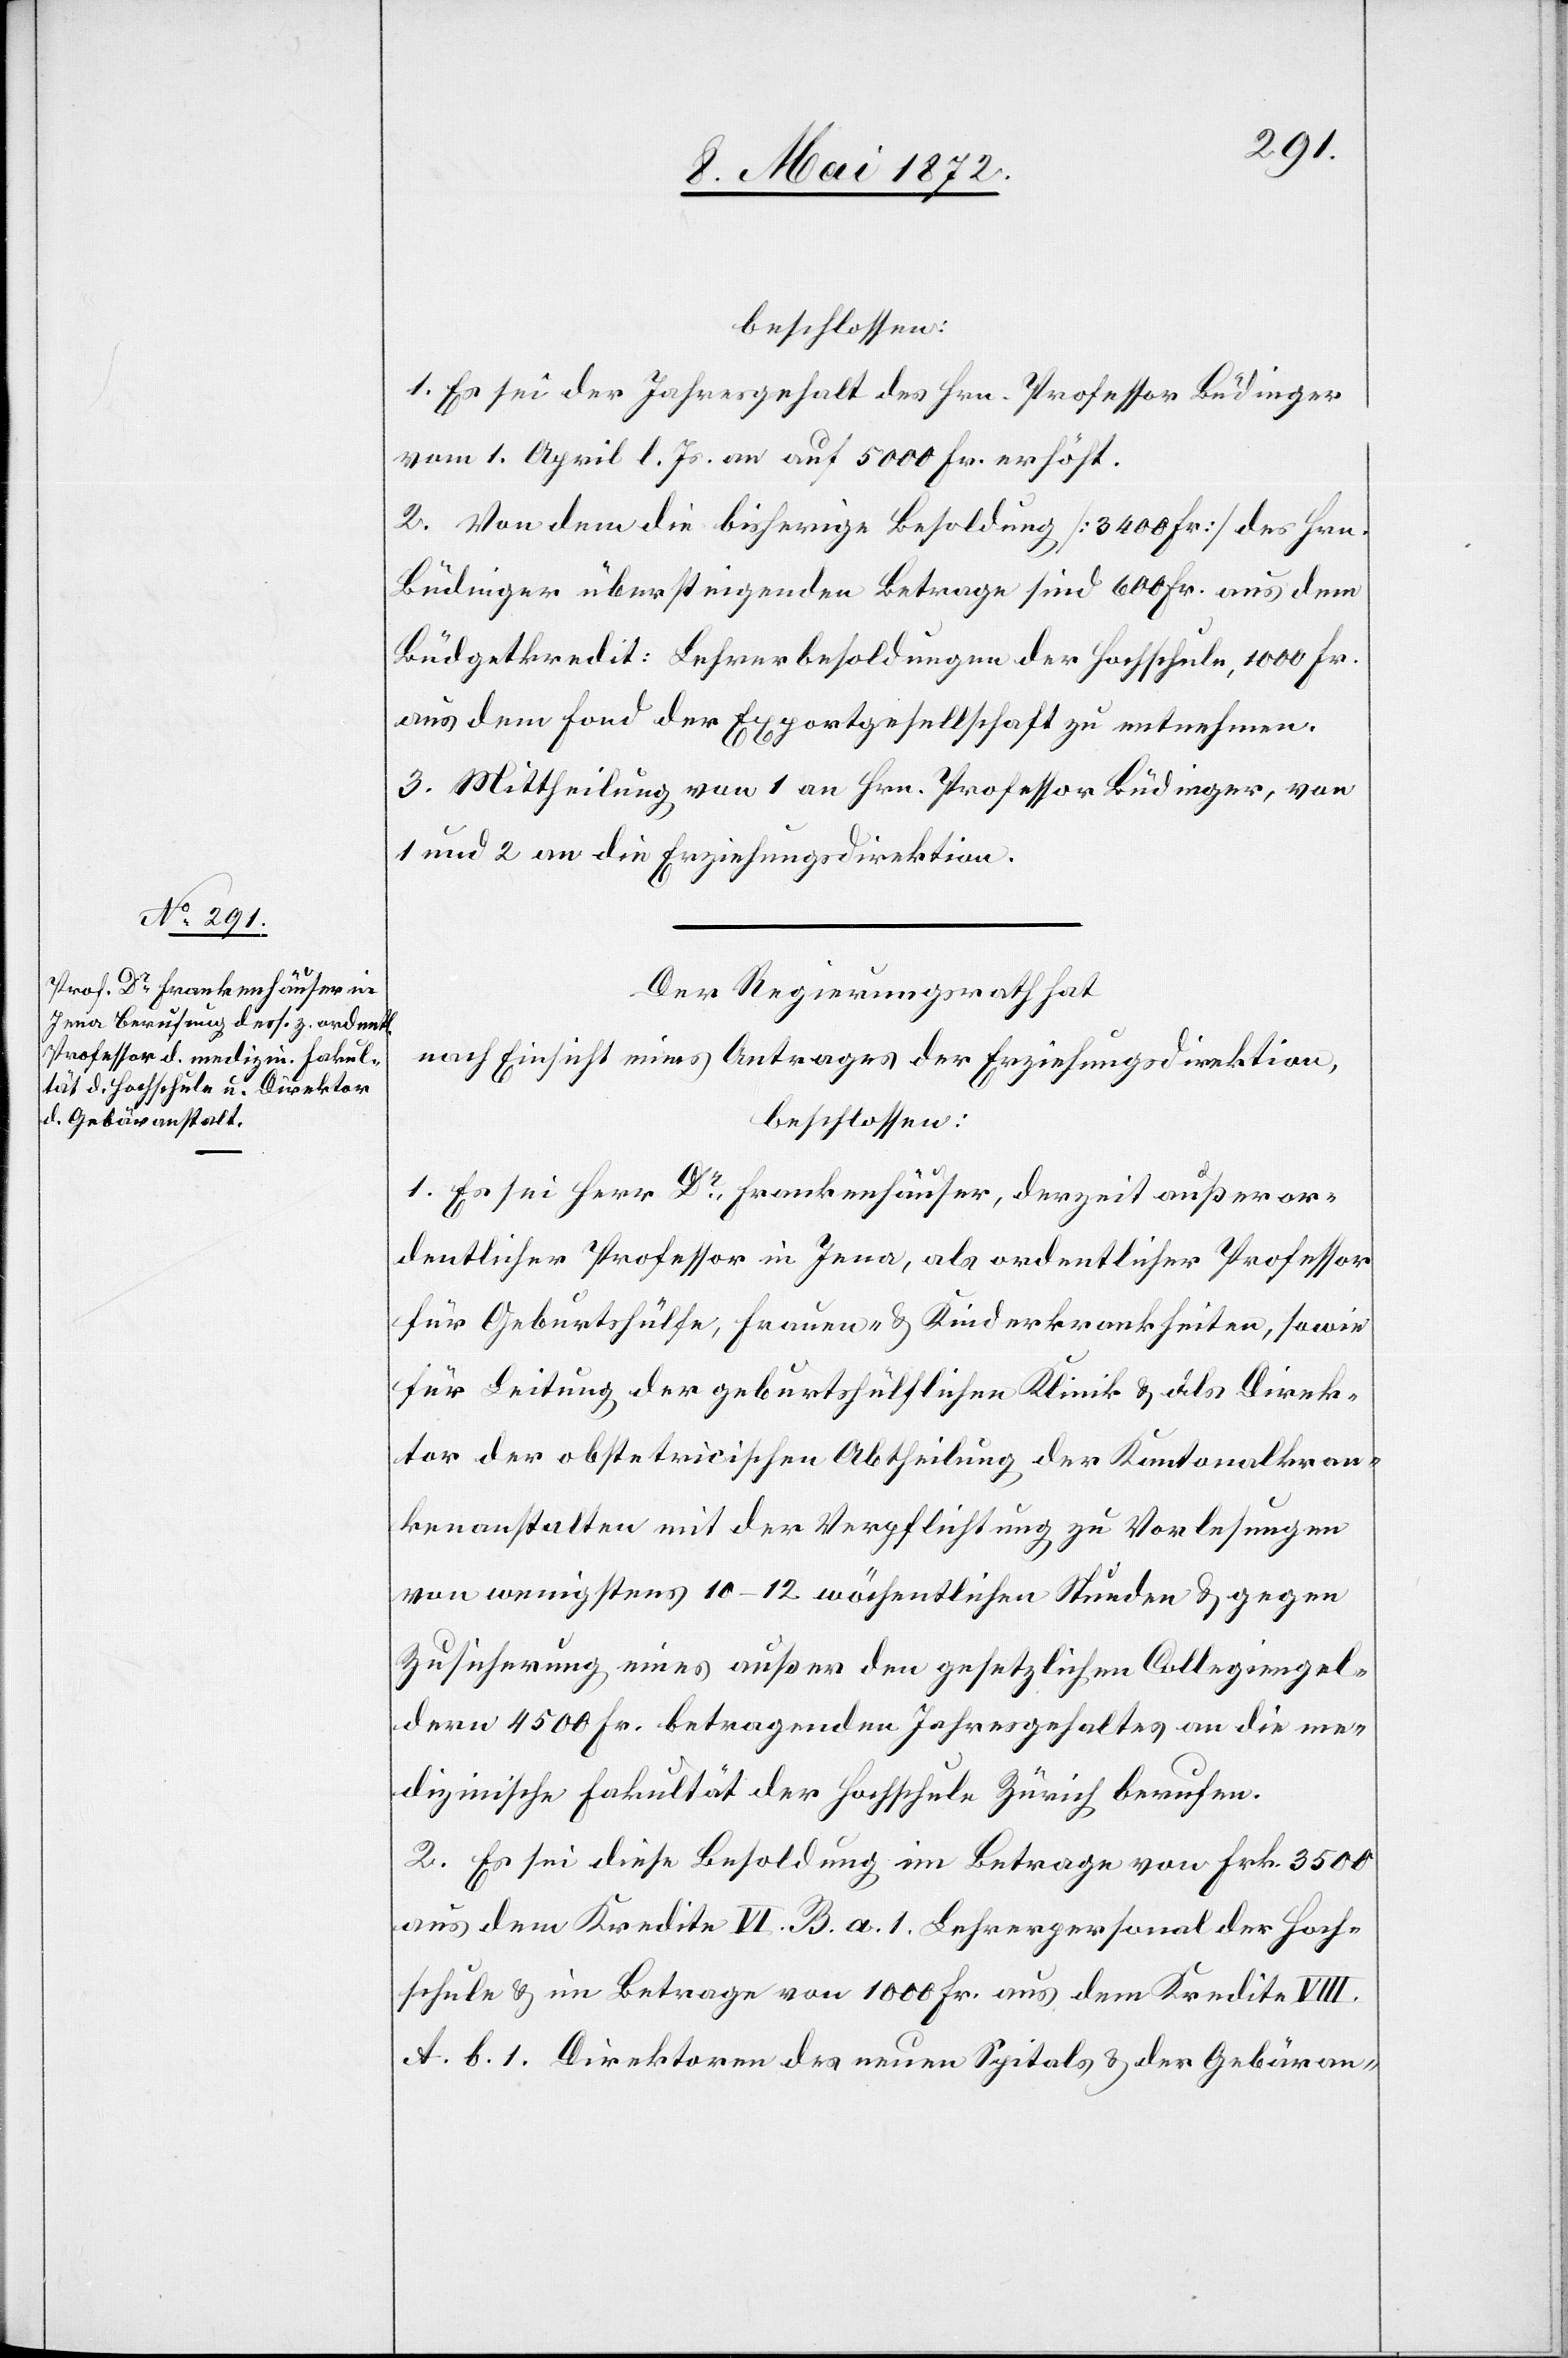
beschlossen:
1. Es sei der Jahresgehalt des Hrn. Professor Büdinger
vom 1. April l. Js. an auf 5000 Fr. erhöht.
2. Von dem die bisherigen Besoldung [3400 Fr.] des Hrn.
Büdinger übersteigenden Betrage sind 600 Fr. aus dem
Büdgetkredit: Lehrerbesoldungen der Hochschule, 1000 Fr.
aus dem Fond der Exportgesellschaft zu entnehmen.
3. Mittheilung von 1 an Hrn. Professor Büdinger, von
1 und 2 an die Erziehungsdirektion.
Der Regierungsrath hat
nach Einsicht eines Antrages der Erziehungsdirektion,
beschlossen:
1. Es sei Herr Dr. Frankenhäuser, derzeit außeror¬
dentlicher Professor in Jena, als ordentlicher Professor
für Geburtshülfe, Frauen- u. Kinderkrankheiten, sowie
für Leitung der geburtshülflichen Klinik u. als Direk¬
tor der obstetricischen Abtheilung der Kantonalkran¬
kenanstalten mit der Verpflichtung zu Vorlesungen
von wenigstens 10–12 wöchentlichen Stunden u. gegen
Zusicherung eines außer den gesetzlichen Collegiengel¬
dern 4500 Fr. betragenden Jahresgehaltes an die me¬
dizinische Fakultät der Hochschule Zürich berufen.
2. Es sei diese Besoldung im Betrage von Frk. 3500
aus dem Kredite VI. B. a. 1. Lehrerpersonal der Hoch¬
schule u. im Betrage vom 1000 Fr. aus dem Kredite VIII.
A. b. 1. Direktoren des neuen Spitals u. der Gebäran-